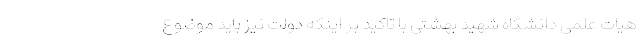
هیات علمی دانشگاه شهید بهشتی با تاکید بر اینکه دولت نیز باید موضوع